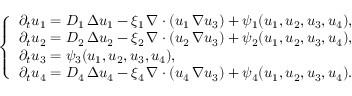
\left\{ \begin{array} { l } { \partial _ { t } u _ { 1 } = D _ { 1 } \, \Delta u _ { 1 } - \xi _ { 1 } \, \nabla \cdot ( u _ { 1 } \, \nabla u _ { 3 } ) + \psi _ { 1 } ( u _ { 1 } , u _ { 2 } , u _ { 3 } , u _ { 4 } ) , } \\ { \partial _ { t } u _ { 2 } = D _ { 2 } \, \Delta u _ { 2 } - \xi _ { 2 } \, \nabla \cdot ( u _ { 2 } \, \nabla u _ { 3 } ) + \psi _ { 2 } ( u _ { 1 } , u _ { 2 } , u _ { 3 } , u _ { 4 } ) , } \\ { \partial _ { t } u _ { 3 } = \psi _ { 3 } ( u _ { 1 } , u _ { 2 } , u _ { 3 } , u _ { 4 } ) , } \\ { \partial _ { t } u _ { 4 } = D _ { 4 } \, \Delta u _ { 4 } - \xi _ { 4 } \, \nabla \cdot ( u _ { 4 } \, \nabla u _ { 3 } ) + \psi _ { 4 } ( u _ { 1 } , u _ { 2 } , u _ { 3 } , u _ { 4 } ) . } \end{array} \right.